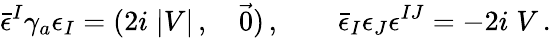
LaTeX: \bar{\epsilon}^{I}\gamma_{a}\epsilon_{I}=(2i\; |V|\, ,\quad\vec{0})\, ,\qquad\bar{\epsilon}_{I}\epsilon_{J}\epsilon^{IJ}=-2i\; V\, .